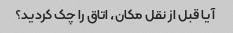
آیا قبل از نقل مکان، اتاق را چک کردید؟